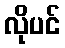
လိုပင်